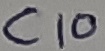
Text: C10